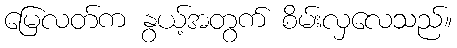
မြေလတ်က နွယ့်အတွက် စိမ်းလှလေသည်။